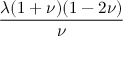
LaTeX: \frac { \lambda ( 1 + \nu ) ( 1 - 2 \nu ) } { \nu }